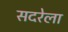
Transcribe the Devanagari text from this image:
सदरेला